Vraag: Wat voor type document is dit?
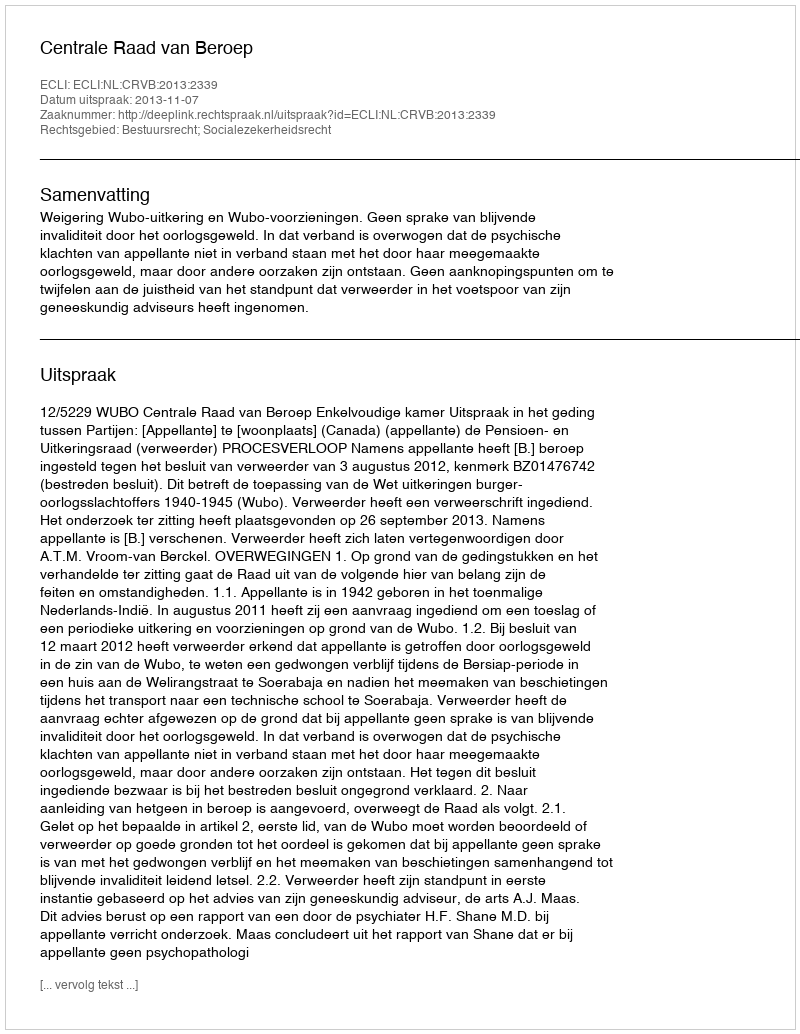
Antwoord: Uitspraak